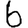
Digit: 6